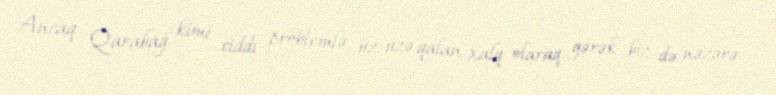
Ancaq Qarabağ kimi ciddi problemlə üz-üzə qalan xalq olaraq gərək biz də nəzərə